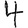
Digit: 4